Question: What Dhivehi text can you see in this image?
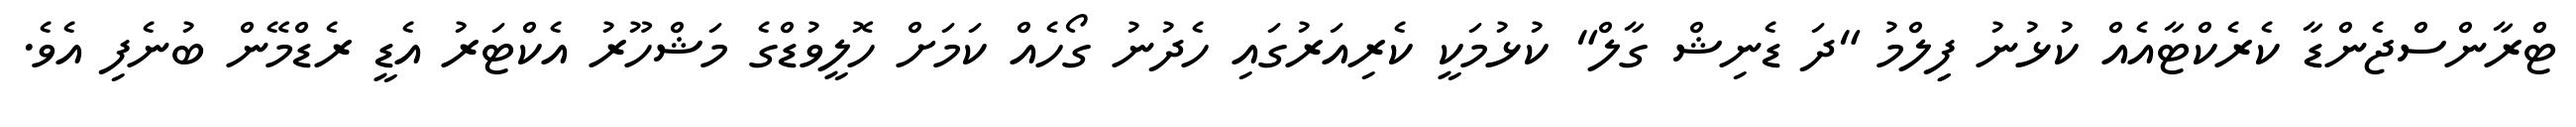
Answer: ޓްރާންސްޖެންޑާ ކެރެކްޓާއެއް ކުޅުނު ފިިލްމު "ދަ ޑެނިޝް ގާލް" ކުޅުމަކީ ކެރިއަރުގައި ހެދުނު ގޯހެއް ކަމަށް ހޮލީވުޑްގެ މަޝްހޫރު އެކްޓަރު އެޑީ ރެޑްމޭން ބުނެފި އެވެ.